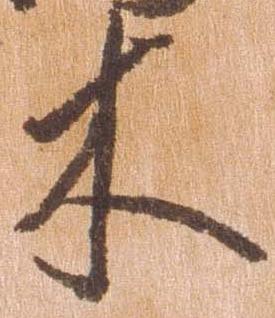
木